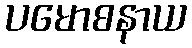
ပမောစနာယ